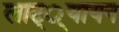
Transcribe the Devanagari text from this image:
लाट््यायन